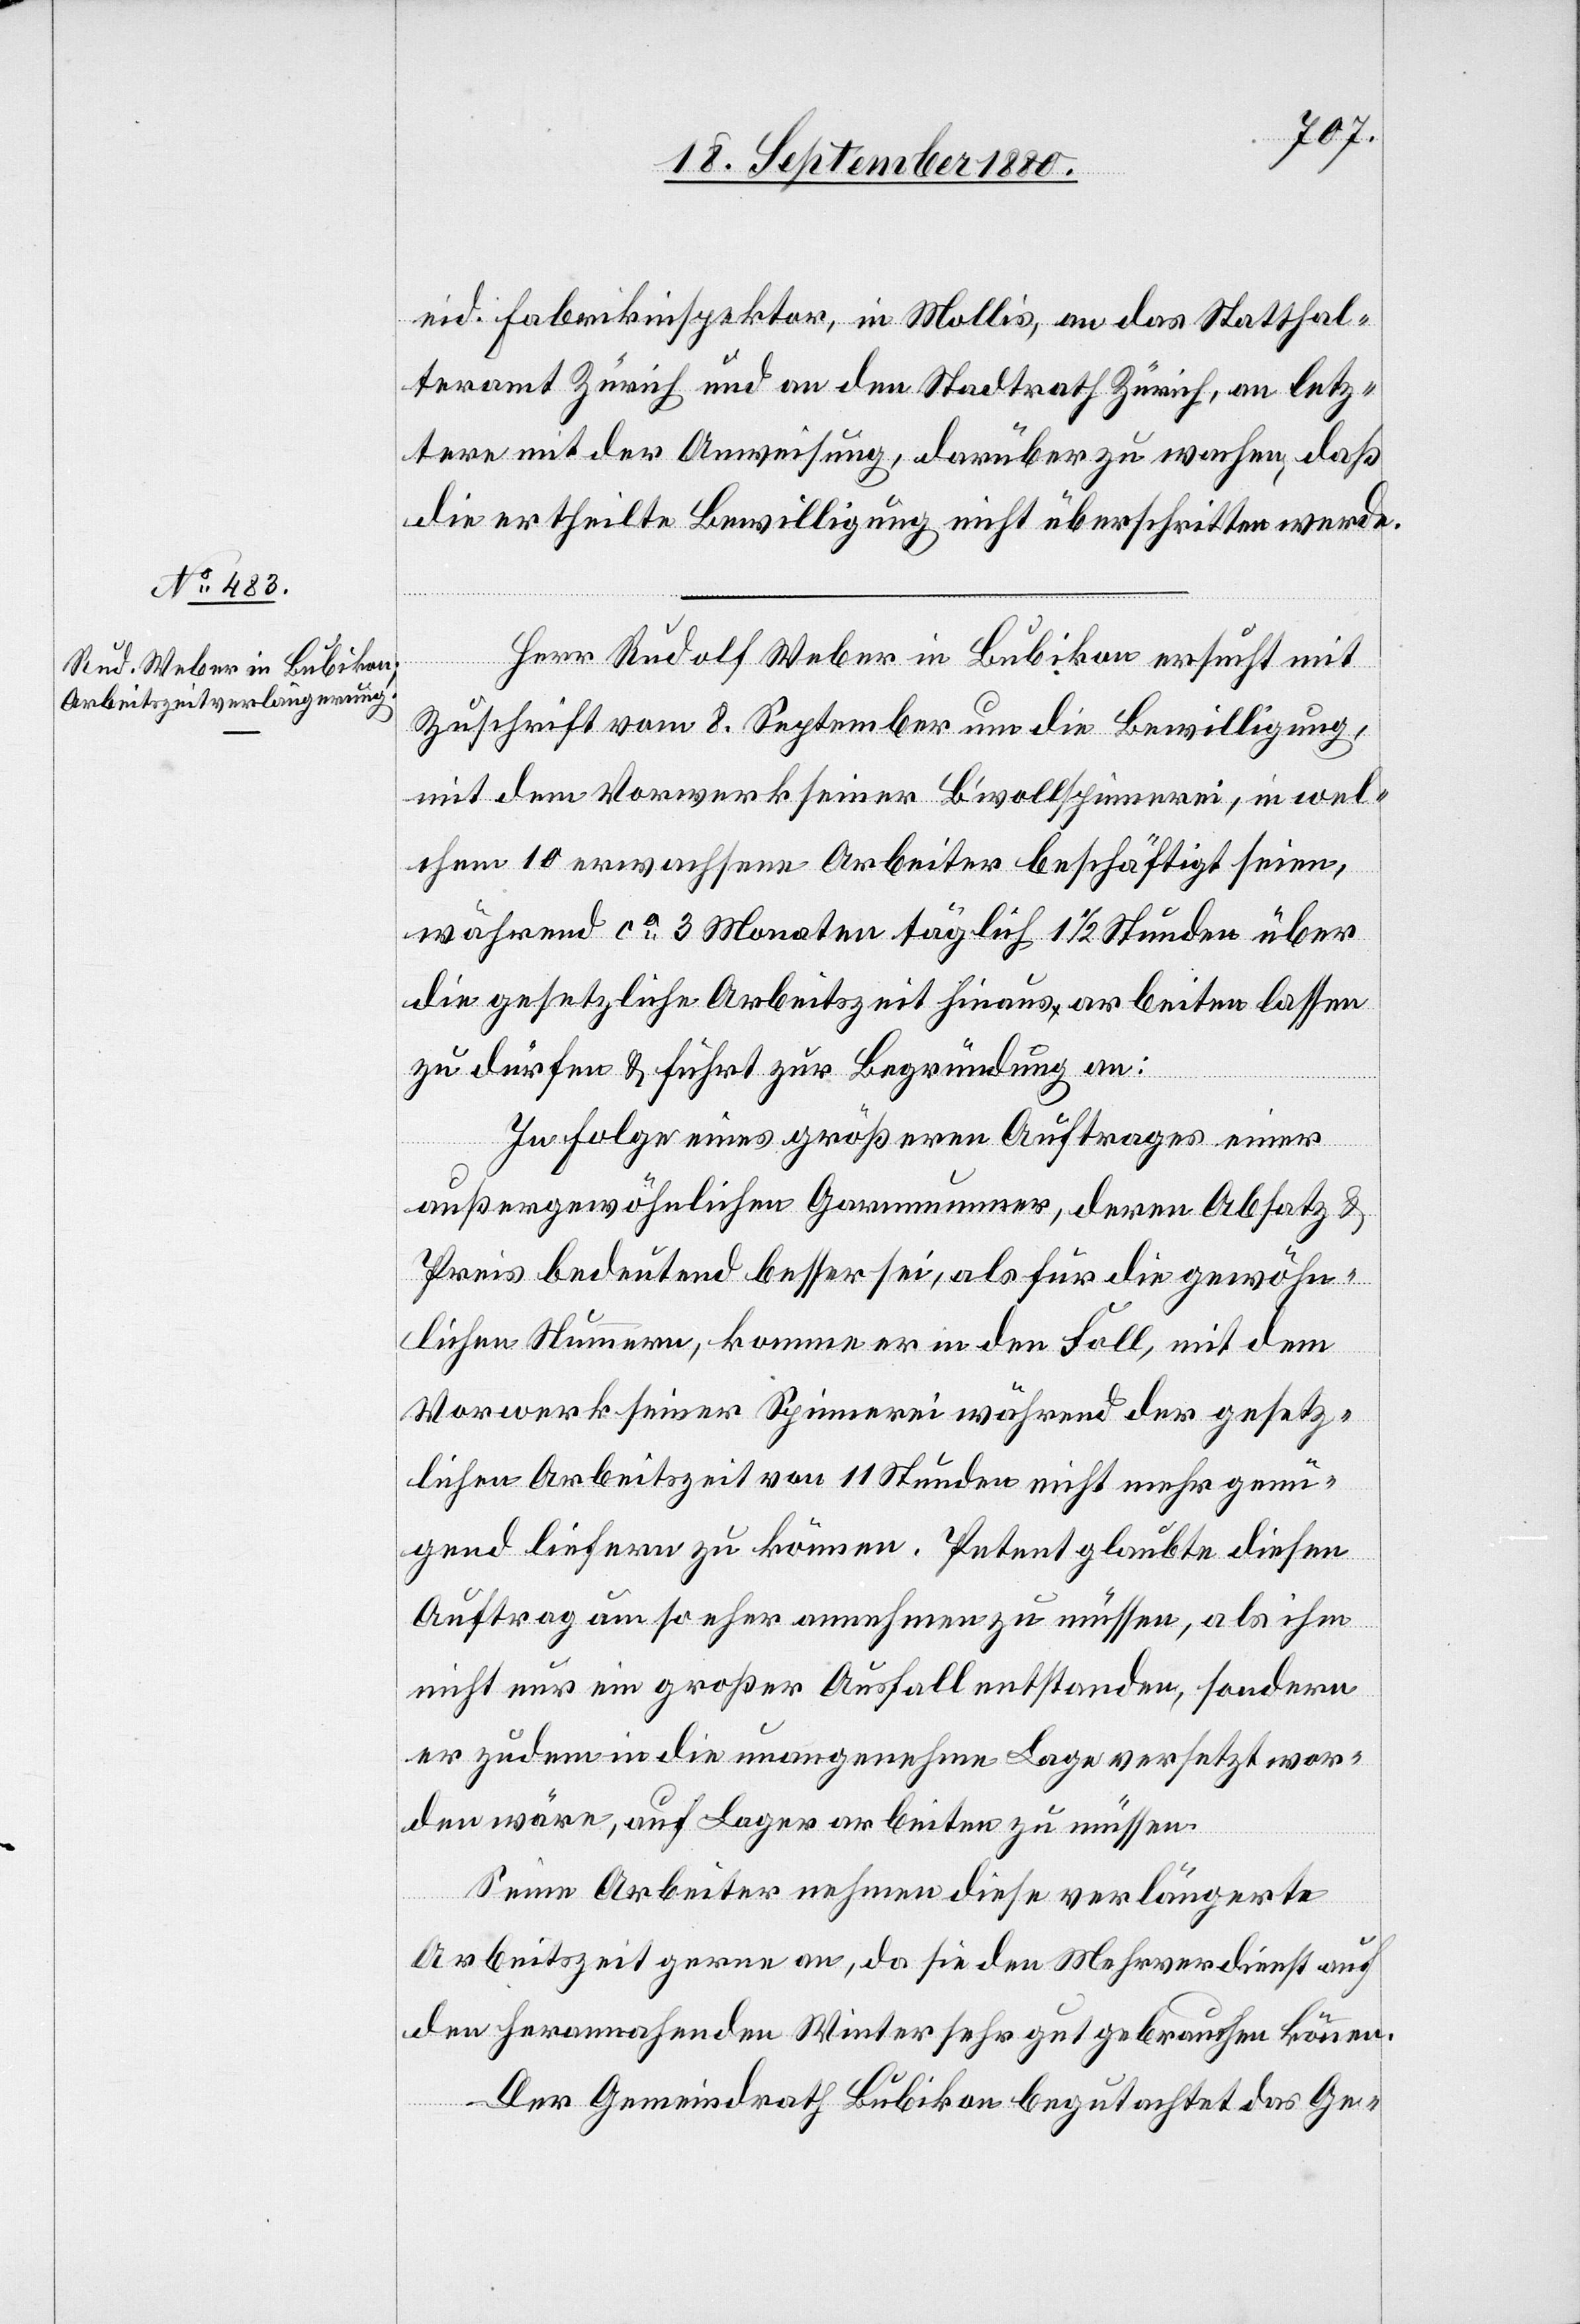
eid. Fabrikinspektor, in Mollis, an das Statthal¬
teramt Zürich und an den Stadtrath Zürich, an letz¬
tern mit der Anweisung, darüber zu wachen, daß
die ertheilte Bewilligung nicht überschritten werde.
Herr Rudolf Weber in Bubikon ersucht mit
Zuschrift vom 8. September um die Bewilligung,
mit dem Vorwerk seiner B’wollspinnerei, in wel¬
chem 10 erwachsene Arbeiter beschäftigt seien,
während ca 3 Monaten täglich 11/2 Stunden über
die gesetzliche Arbeitszeit hinaus arbeiten lassen
zu dürfen & führt zur Begründung an:
In Folge eines größeren Auftrages einer
außergewöhnlichen Garnnummer, deren Absatz &
Preis bedeutend besser sei, als für die gewöhn¬
lichen Nummern, komme er in den Fall, mit dem
Vorwerk seiner Spinnerei während der gesetz¬
lichen Arbeitszeit von 11 Stunden nicht mehr genü¬
gend liefern zu können. Petent glaubte diesen
Auftrag um so eher annehmen zu müssen, als ihm
nicht nur ein großer Ausfall entstanden, sondern
er zudem in die unangenehme Lage versetzt wor¬
den wäre, auf Lager arbeiten zu müssen.
Seine Arbeiter nehmen diese verlängerte
Arbeitszeit gerne an, da sie den Mehrverdienst auf
den herannahenden Winter sehr gut gebrauchen können.
Der Gemeindrath Bubikon begutachtet das Ge-